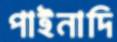
পাইনাদি